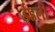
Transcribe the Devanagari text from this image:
ईडली